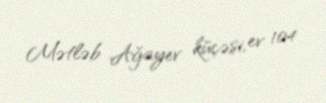
Mətləb Ağayev küçəsi, ev 104